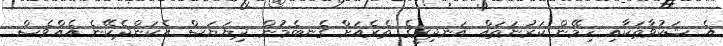
އެ ޝަކުވާތަކާއި ހިމޭން ކަރުނަތައް އަނދިރީގެ ތެރެއަށް ގެނބެމުން ދިޔަޔަސް އެކަންދެކޭނެ އެއްވެސް